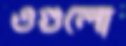
ওগুলো